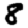
Digit: 8